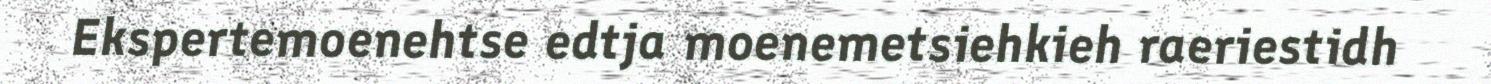
Ekspertemoenehtse edtja moenemetsiehkieh raeriestidh